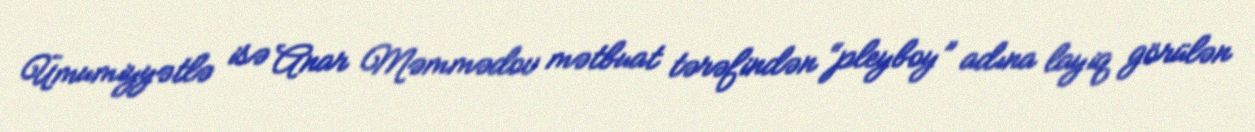
Ümumiyyətlə isə Anar Məmmədov mətbuat tərəfindən “pleyboy” adına layiq görülən